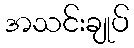
အသင်းချုပ်